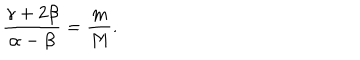
\frac { \gamma + 2 \beta } { \alpha - \beta } = \frac { m } { M } .